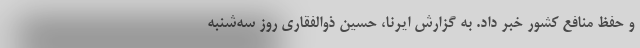
و حفظ منافع کشور خبر داد. به گزارش ایرنا، حسین ذوالفقاری روز سه‌شنبه